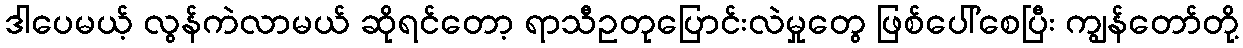
ဒါပေမယ့် လွန်ကဲလာမယ် ဆိုရင်တော့ ရာသီဥတုပြောင်းလဲမှုတွေ ဖြစ်ပေါ်စေပြီး ကျွန်တော်တို့